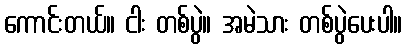
ကောင်းတယ်။ ငါး တစ်ပွဲ။ အမဲသား တစ်ပွဲပေးပါ။